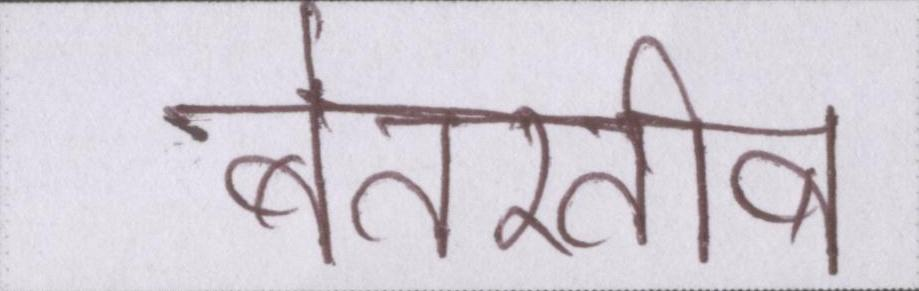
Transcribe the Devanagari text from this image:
बेतरतीब